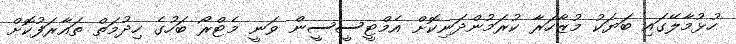
ހުޅުމާލޭގައި ބަޔަކު މުޒާހަރާ ކުރަމުންދަނިކޮށް އެމްޓީސީސީން ވަނީ މެޓްރޯ ބަހުގެ ހިދުމަތް ތައާރަފުކޮށް